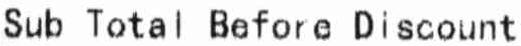
SUB TOTAL BEFORE DISCOUNT